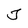
Character: J